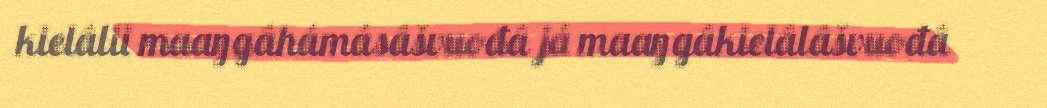
kielâlii maaŋgâhámásâšvuođâ já maaŋgâkielâlâšvuođâ